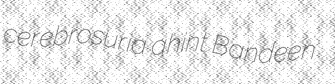
cerebrosuria ahint Bandeen